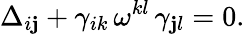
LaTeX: \Delta_{i\mathbf{j}}+\gamma_{ik}\, \omega^{kl}\, \gamma_{\mathbf{j}l}=0.